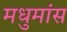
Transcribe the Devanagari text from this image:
मधुमांस